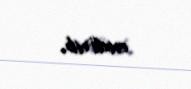
endirib.